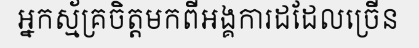
អ្នកស្ម័គ្រចិត្តមកពីអង្គការដដែលច្រើន